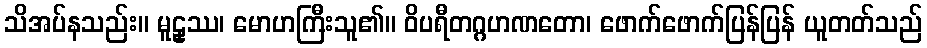
သိအပ်နသည်း။ မူဠှဿ၊ မောဟကြီးသူ၏။ ဝိပရီတဂ္ဂဟဏတော၊ ဖောက်ဖောက်ပြန်ပြန် ယူတတ်သည်